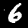
Label: 6